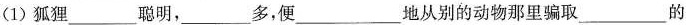
(1)狐狸___聪明，___多，便___地从别的动物那里骗取___的